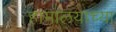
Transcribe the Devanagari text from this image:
हामालयाच्या